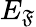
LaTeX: E_{\mathfrak{F}}